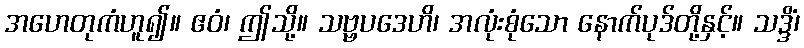
အဟေတုကံဟူ၍။ ဧဝံ၊ ဤသို့။ သဗ္ဗပဒေဟိ၊ အလုံးစုံသော နောက်ပုဒ်တို့နှင့်။ သဒ္ဒိံ၊